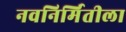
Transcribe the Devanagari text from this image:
नवनिर्मितीला